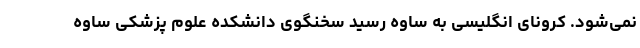
نمی‌شود. کرونای انگلیسی به ساوه رسید سخنگوی دانشکده علوم پزشکی ساوه